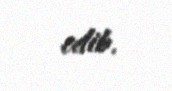
edib.